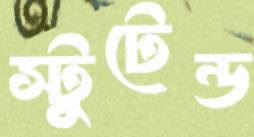
স্টুটেন্ড